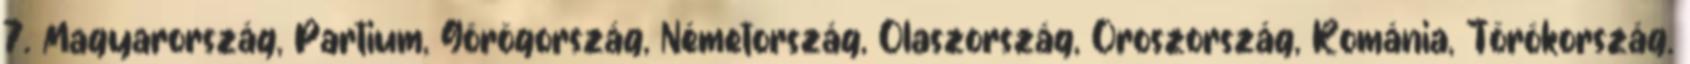
7. Magyarország, Partium, Görögország, Németország, Olaszország, Oroszország, Románia, Törökország.